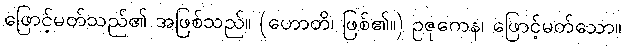
ဖြောင့်မတ်သည်၏ အဖြစ်သည်။ (ဟောတိ၊ ဖြစ်၏။) ဥဇုကေန၊ ဖြောင့်မတ်သော။